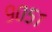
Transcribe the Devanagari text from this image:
९०५१